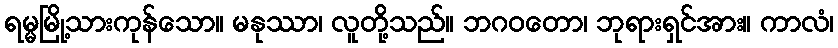
ရမ္မမြို့သားကုန်သော။ မနုဿာ၊ လူတို့သည်။ ဘဂဝတော၊ ဘုရားရှင်အား။ ကာလံ၊